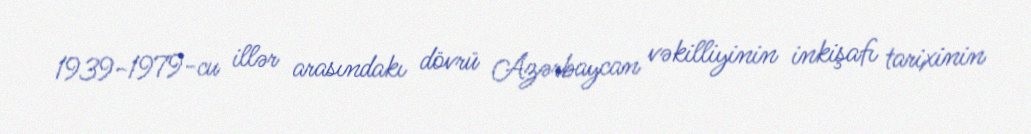
1939-1979-cu illər arasındakı dövrü Azərbaycan vəkilliyinin inkişafı tarixinin